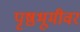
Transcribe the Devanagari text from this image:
पृष्ठभूमीवर